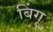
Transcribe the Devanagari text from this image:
बिंगू